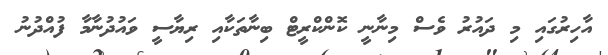
އާހިރުގައި މި ދައުރު ވެސް މިނާނީ ކޮންކްރީޓް ބިނާތަކާއި ރިޔާސީ ވައުދުނާމާ ފުއްދުނު